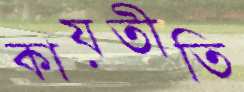
কায়তীতি